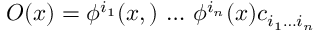
{ \cal O } ( x ) = \phi ^ { i _ { 1 } } ( x , ) \, \dots \, \phi ^ { i _ { n } } ( x ) c _ { i _ { 1 } \dots i _ { n } }